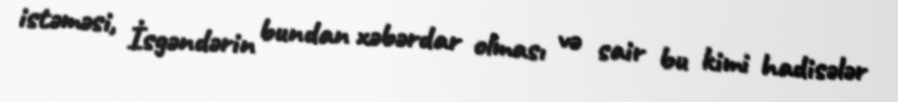
istəməsi, İsgəndərin bundan xəbərdar olması və sair bu kimi hadisələr